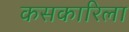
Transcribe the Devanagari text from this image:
कसकारिला